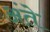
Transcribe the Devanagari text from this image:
अंते